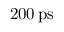
2 0 0 \, \mathrm { p s }